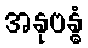
အနုဗန္ဓံ